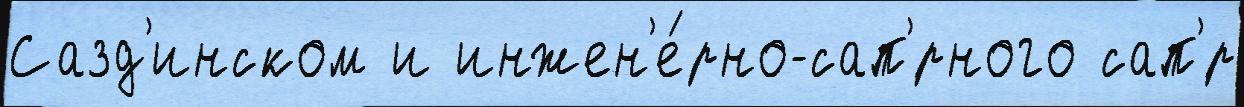
Сазд'инском и инжен'е́рно-сап'́рного сап'́р